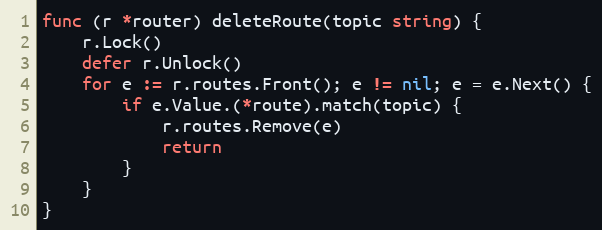
Language: Go
func (r *router) deleteRoute(topic string) {
	r.Lock()
	defer r.Unlock()
	for e := r.routes.Front(); e != nil; e = e.Next() {
		if e.Value.(*route).match(topic) {
			r.routes.Remove(e)
			return
		}
	}
}